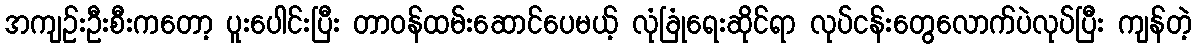
အကျဉ်းဦးစီးကတော့ ပူးပေါင်းပြီး တာဝန်ထမ်းဆောင်ပေမယ့် လုံခြုံရေးဆိုင်ရာ လုပ်ငန်းတွေလောက်ပဲလုပ်ပြီး ကျန်တဲ့